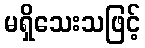
မရှိသေးသဖြင့်